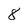
Character: 8